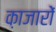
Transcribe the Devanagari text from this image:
क़ाजारों